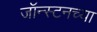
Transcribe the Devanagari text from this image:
जॉन्स्टनच्या